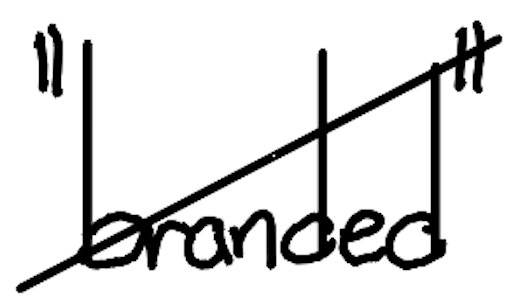
Text: "branded"
Cross-out: diagonal
Writing tool: digital_black